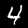
Digit: 4